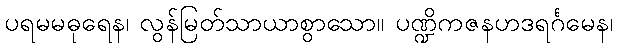
ပရမမဓုရေန၊ လွန်မြတ်သာယာစွာသော။ ပဏ္ဍိကဇနဟဒရင်္ဂမေန၊